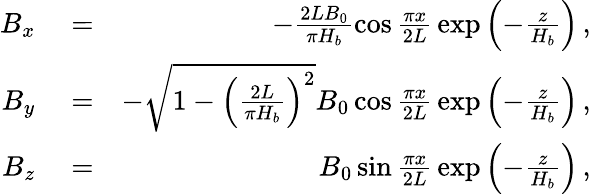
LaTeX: \begin{array}{rlr}{B_{x}}&{{}=}&{-\frac{2LB_{0}}{\pi H_{b}}\cos{\frac{\pi x}{2L}}\exp\left({-\frac{z}{H_{b}}}\right)\, ,}\\ {B_{y}}&{{}=}&{-\sqrt{1-\left(\frac{2L}{\pi H_{b}}\right)^{2}}B_{0}\cos{\frac{\pi x}{2L}}\exp\left({-\frac{z}{H_{b}}}\right)\, ,}\\ {B_{z}}&{{}=}&{B_{0}\sin{\frac{\pi x}{2L}}\exp\left({-\frac{z}{H_{b}}}\right)\, ,}\end{array}